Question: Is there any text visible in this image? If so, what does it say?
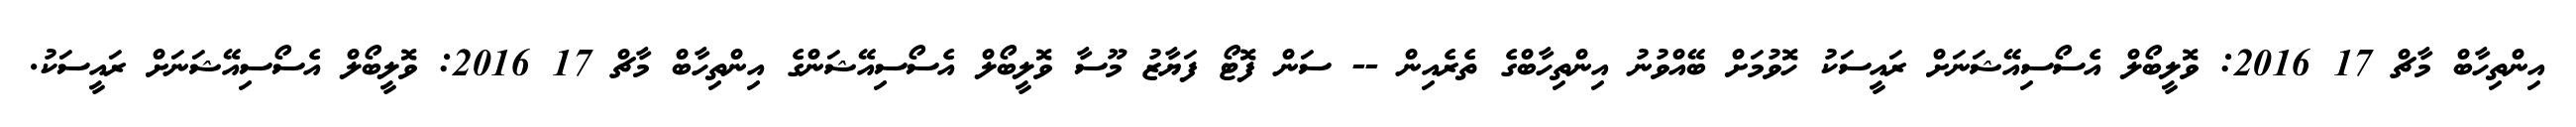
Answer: އިންތިހާބް މާޗް 17 2016: ވޮލީބޯލް އެސޯސިއޭޝަނަށް ރައީސަކު ހޮވުމަށް ބޭއްވުނު އިންތިހާބްގެ ތެރެއިން -- ސަން ފޮޓޯ ފަޔާޒު މޫސާ ވޮލީބޯލް އެސޯސިއޭޝަންގެ އިންތިހާބް މާޗް 17 2016: ވޮލީބޯލް އެސޯސިއޭޝަނަށް ރައީސަކު.